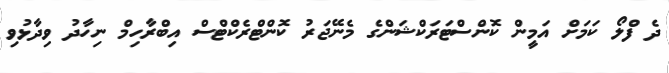
ދެ ފްލޯ ކަމަށް އަމީން ކޮންސްޓަރަކްޝަންގެ މެނޭޖަރު ކޮންޓްރެކްޓްސް އިބްރާހިމް ނިހާދު ވިދާޅުވި